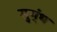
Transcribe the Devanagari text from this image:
सुग्ंध